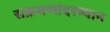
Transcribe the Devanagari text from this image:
संक्रमणांदरम्यान